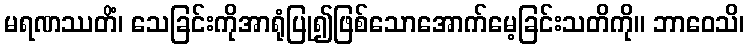
မရဏဿတိံ၊ သေခြင်းကိုအာရုံပြု၍ဖြစ်သောအောက်မေ့ခြင်းသတိကို။ ဘာဝေသိ၊